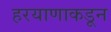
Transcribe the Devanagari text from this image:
हरयाणाकडून